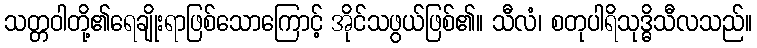
သတ္တဝါတို့၏ရေချိုးရာဖြစ်သောကြောင့် အိုင်သဖွယ်ဖြစ်၏။ သီလံ၊ စတုပါရိသုဒ္ဓိသီလသည်။